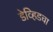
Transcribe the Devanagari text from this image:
डेव्हिडचा